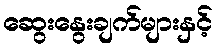
ဆွေးနွေးချက်များနှင့်